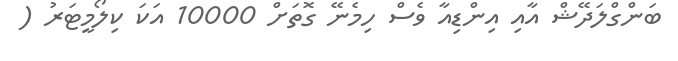
ބަންގްލަދޭޝް އާއި އިންޑިއާ ވެސް ހިމެނޭ ގޮތަށް 10000 އަކަ ކިލޯމީޓަރު (